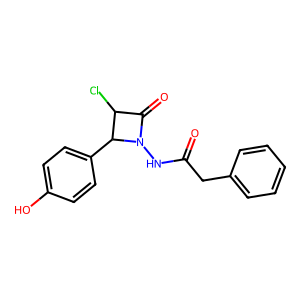
SMILES: O=C(Cc1ccccc1)NN1C(=O)C(Cl)C1c1ccc(O)cc1
Inhibits HIV replication: No